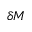
\delta { M }